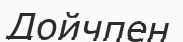
Дойчпен